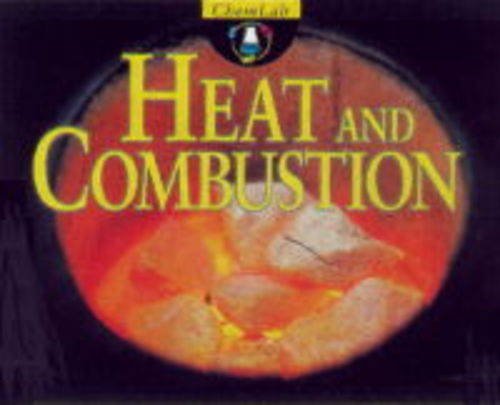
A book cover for Heat and Combustion (ChemLab); Keith Walshaw; Children's Books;